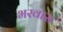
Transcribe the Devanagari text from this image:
भरवास